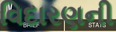
વિદારણની